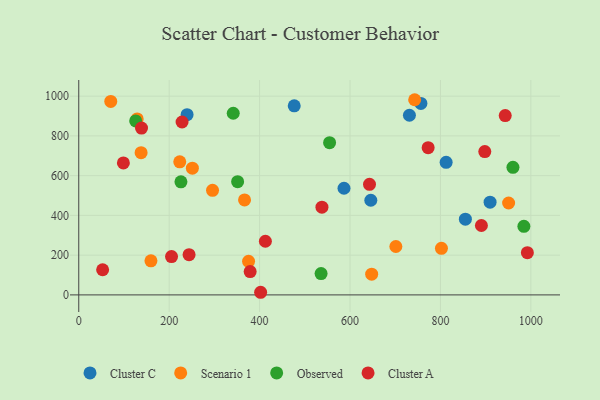
{"axis": {"x": "Investment", "y": "Fuel Efficiency"}, "legend": ["Cluster A", "Cluster C", "Observed", "Scenario 1"], "data": [{"x": "756.8", "y": 963.4, "type": "Cluster C"}, {"x": "855.2", "y": 381.1, "type": "Cluster C"}, {"x": "476.6", "y": 951.4, "type": "Cluster C"}, {"x": "731.4", "y": 903.9, "type": "Cluster C"}, {"x": "586.7", "y": 536.5, "type": "Cluster C"}, {"x": "239.6", "y": 906.7, "type": "Cluster C"}, {"x": "812.6", "y": 666.9, "type": "Cluster C"}, {"x": "909.8", "y": 466.5, "type": "Cluster C"}, {"x": "646.0", "y": 476.1, "type": "Cluster C"}, {"x": "70.8", "y": 973.4, "type": "Scenario 1"}, {"x": "647.9", "y": 104.2, "type": "Scenario 1"}, {"x": "251.3", "y": 637.6, "type": "Scenario 1"}, {"x": "802.2", "y": 234.2, "type": "Scenario 1"}, {"x": "137.9", "y": 715.8, "type": "Scenario 1"}, {"x": "366.7", "y": 478.1, "type": "Scenario 1"}, {"x": "743.0", "y": 982.0, "type": "Scenario 1"}, {"x": "950.8", "y": 462.3, "type": "Scenario 1"}, {"x": "701.4", "y": 243.5, "type": "Scenario 1"}, {"x": "159.7", "y": 171.6, "type": "Scenario 1"}, {"x": "129.3", "y": 885.2, "type": "Scenario 1"}, {"x": "295.9", "y": 526.1, "type": "Scenario 1"}, {"x": "375.6", "y": 169.0, "type": "Scenario 1"}, {"x": "223.4", "y": 669.5, "type": "Scenario 1"}, {"x": "554.8", "y": 765.8, "type": "Observed"}, {"x": "536.0", "y": 107.4, "type": "Observed"}, {"x": "984.6", "y": 345.2, "type": "Observed"}, {"x": "341.7", "y": 913.9, "type": "Observed"}, {"x": "125.9", "y": 875.5, "type": "Observed"}, {"x": "351.4", "y": 569.5, "type": "Observed"}, {"x": "960.4", "y": 641.7, "type": "Observed"}, {"x": "226.0", "y": 568.8, "type": "Observed"}, {"x": "412.8", "y": 269.9, "type": "Cluster A"}, {"x": "205.2", "y": 192.7, "type": "Cluster A"}, {"x": "98.7", "y": 664.0, "type": "Cluster A"}, {"x": "138.8", "y": 839.5, "type": "Cluster A"}, {"x": "992.3", "y": 212.4, "type": "Cluster A"}, {"x": "772.8", "y": 740.7, "type": "Cluster A"}, {"x": "379.1", "y": 117.5, "type": "Cluster A"}, {"x": "52.8", "y": 126.6, "type": "Cluster A"}, {"x": "402.3", "y": 13.2, "type": "Cluster A"}, {"x": "537.9", "y": 441.3, "type": "Cluster A"}, {"x": "228.5", "y": 869.8, "type": "Cluster A"}, {"x": "890.6", "y": 349.2, "type": "Cluster A"}, {"x": "898.1", "y": 721.2, "type": "Cluster A"}, {"x": "643.1", "y": 556.4, "type": "Cluster A"}, {"x": "943.3", "y": 902.5, "type": "Cluster A"}, {"x": "244.0", "y": 202.5, "type": "Cluster A"}]}